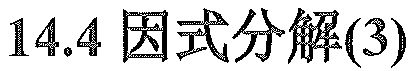
$14.4\ 因式分解(3)$